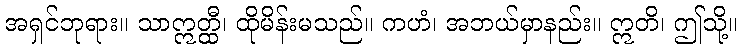
အရှင်ဘုရား။ သာဣတ္ထီ၊ ထိုမိန်းမသည်။ ကဟံ၊ အဘယ်မှာနည်း။ ဣတိ၊ ဤသို့။